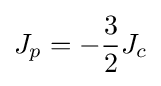
J_{p}=-{\frac {3}{2}}J_{c}